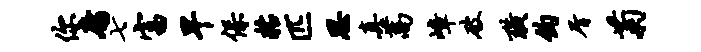
你庸七富早保粘匹思真蒿嶂破璜钧屑菊